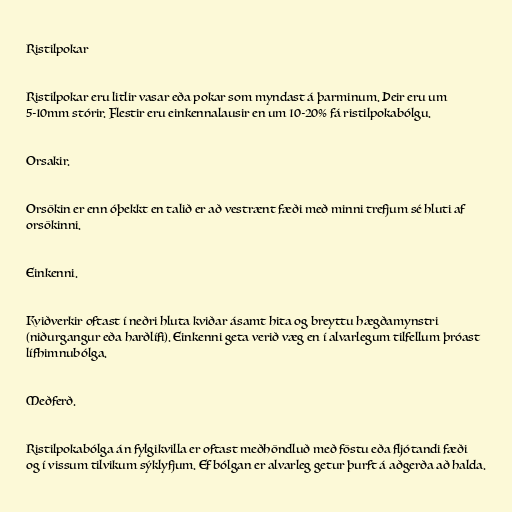
Ristilpokar

Ristilpokar eru litlir vasar eða pokar som myndast á þarminum. Þeir eru um
5-10mm stórir. Flestir eru einkennalausir en um 10-20% fá ristilpokabólgu.

Orsakir.

Orsökin er enn óþekkt en talið er að vestrænt fæði með minni trefjum sé hluti af
orsökinni.

Einkenni.

Kviðverkir oftast í neðri hluta kviðar ásamt hita og breyttu hægðamynstri
(niðurgangur eða harðlífi). Einkenni geta verið væg en í alvarlegum tilfellum þróast
lífhimnubólga.

Meðferð.

Ristilpokabólga án fylgikvilla er oftast meðhöndluð með föstu eða fljótandi fæði
og í vissum tilvikum sýklyfjum. Ef bólgan er alvarleg getur þurft á aðgerða að halda.